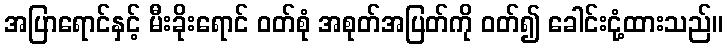
အပြာရောင်နှင့် မီးခိုးရောင် ဝတ်စုံ အစုတ်အပြတ်ကို ဝတ်၍ ခေါင်းငုံ့ထားသည်။